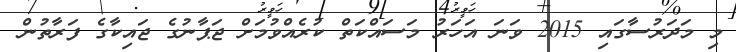
މި މަދަރުސާގައި 2015 ވަނަ އަހަރު މަސައްކަތް ކުރެއްވުމަށް ޖަޕާނުގެ ޖައިކާގެ ފަރާތުން